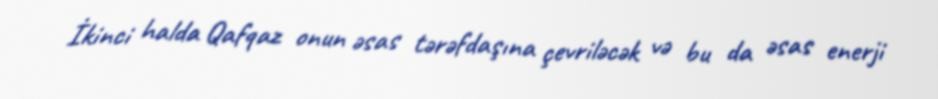
İkinci halda Qafqaz onun əsas tərəfdaşına çevriləcək və bu da əsas enerji